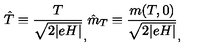
\hat { T } \equiv \frac { T } { \sqrt { 2 \vert e H \vert } } _ { , } \hat { m } _ { T } \equiv \frac { m ( T , 0 ) } { \sqrt { 2 \vert e H \vert } } _ { , }